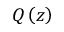
Q \left( z \right)